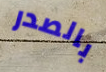
بالصدر